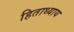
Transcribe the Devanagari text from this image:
हिताध्याय